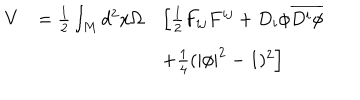
LaTeX: \begin{array} { l l l } { { V } } & { { = \frac { 1 } { 2 } \int _ { M } d ^ { 2 } x \Omega } } & { { \left[ \frac { 1 } { 2 } F _ { i j } F ^ { i j } + D _ { i } \phi \overline { { { D ^ { i } \phi } } } \right. } } \\ { { } } & { { } } & { { \left. + \frac { 1 } { 4 } ( | \phi | ^ { 2 } - 1 ) ^ { 2 } \right] } } \\ \end{array}